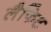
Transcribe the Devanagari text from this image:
लैफिट